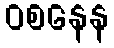
ဝစနေန